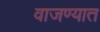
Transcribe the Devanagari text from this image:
वाजण्यात